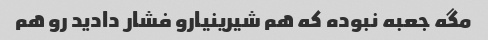
مگه جعبه نبوده که هم شیرینیارو فشار دادید رو هم